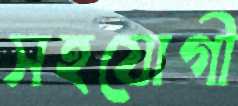
সহযোগী